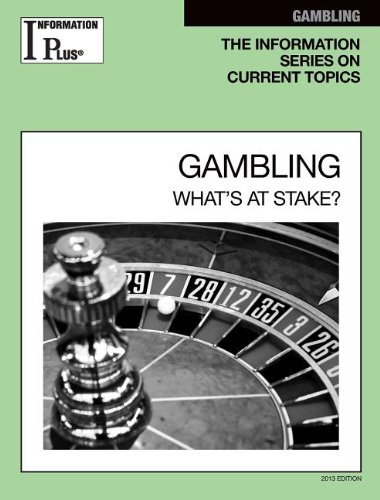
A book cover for Gambling (Information Plus Reference Series); Health, Fitness & Dieting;